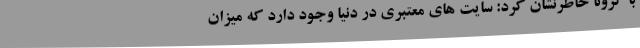
با کرونا خاطرنشان کرد: سایت های معتبری در دنیا وجود دارد که میزان